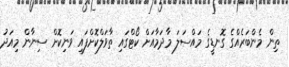
ތިން މެންބަރެއްގެ ގޮނޑީގެ މައްސަލަ މާދަމާއަށް ކޯޓްގައި ތާވަލްކޮށްފައި ވަނިކޮށް ސިނާން މިއަދު